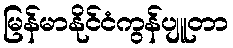
မြန်မာနိုင်ငံကွန်ပျူတာ